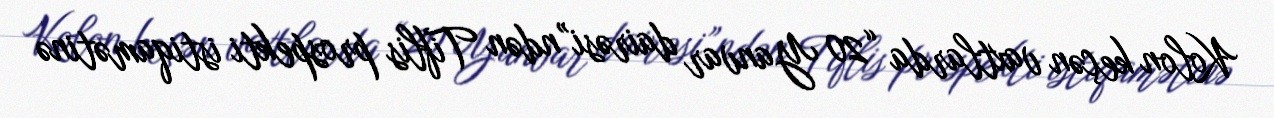
Kolon keçən vaxtlarda “20 Yanvar dairəsi”ndən Tiflis prospekti istiqamətinə